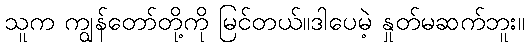
သူက ကျွန်တော်တို့ကို မြင်တယ်။ဒါပေမဲ့ နှုတ်မဆက်ဘူး။